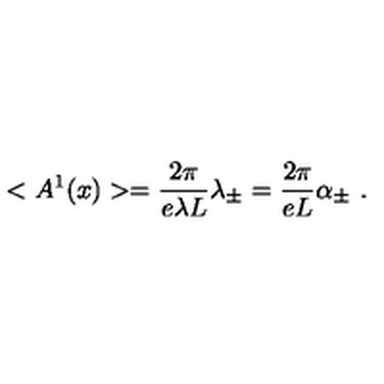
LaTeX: < A ^ { 1 } ( x ) > = \frac { 2 \pi } { e \lambda L } \lambda _ { \pm } = \frac { 2 \pi } { e L } \alpha _ { \pm } \ .